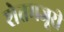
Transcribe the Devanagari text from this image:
शेतमजूरी